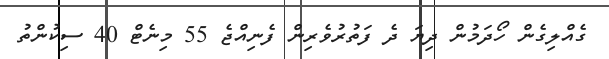
ގެއްލިގެން ހޯދަމުން ދިޔަ ދެ ފަތުރުވެރިން ފެނިއްޖެ 55 މިނެޓް 40 ސިކުންތު